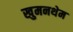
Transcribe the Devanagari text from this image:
खुमनथेम